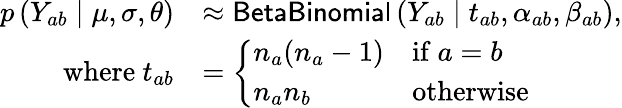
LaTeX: \begin{array}{rl}{p\left(Y_{ab}\mid\mu,\sigma,\theta\right)}&{\approx\mathsf{BetaBinomial}\left(Y_{ab}\mid t_{ab},\alpha_{ab},\beta_{ab}\right),}\\ {\mathrm{where~}t_{ab}}&{=\left\{ \begin{array}{ll}{n_{a}(n_{a}-1)}&{\mathrm{if~}a=b}\\ {n_{a}n_{b}}&{\mathrm{otherwise}}\end{array}\right.}\end{array}